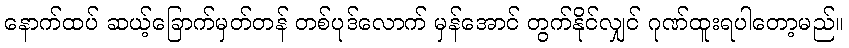
နောက်ထပ် ဆယ့်ခြောက်မှတ်တန် တစ်ပုဒ်လောက် မှန်အောင် တွက်နိုင်လျှင် ဂုဏ်ထူးရပါတော့မည်။